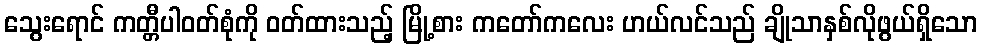
သွေးရောင် ကတ္တီပါဝတ်စုံကို ဝတ်ထားသည့် မြို့စား ကတော်ကလေး ဟယ်လင်သည် ချိုသာနှစ်လိုဖွယ်ရှိသော